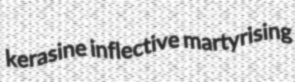
kerasine inflective martyrising